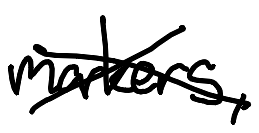
Text: markers,
Cross-out: cross
Writing tool: digital_black